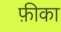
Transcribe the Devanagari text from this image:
फ़ीका